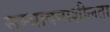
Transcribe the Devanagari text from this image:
सम्भावनाशीलता